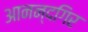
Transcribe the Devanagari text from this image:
आनन्दगिर